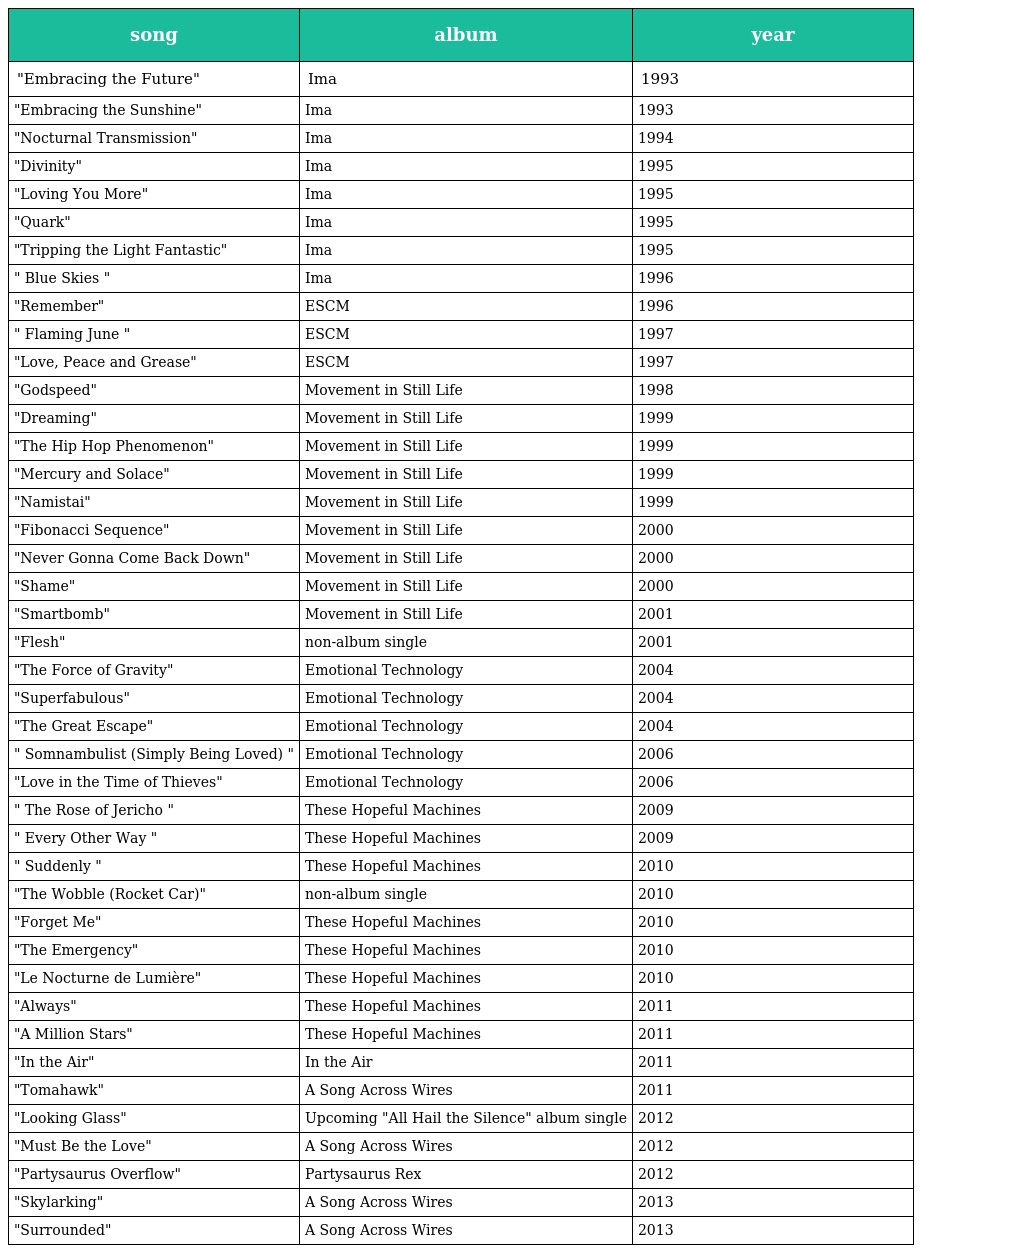
| song | album | year |
 | --- | --- | --- |
 | "Embracing the Future" | Ima | 1993 |
 | "Embracing the Sunshine" | Ima | 1993 |
 | "Nocturnal Transmission" | Ima | 1994 |
 | "Divinity" | Ima | 1995 |
 | "Loving You More" | Ima | 1995 |
 | "Quark" | Ima | 1995 |
 | "Tripping the Light Fantastic" | Ima | 1995 |
 | " Blue Skies " | Ima | 1996 |
 | "Remember" | ESCM | 1996 |
 | " Flaming June " | ESCM | 1997 |
 | "Love, Peace and Grease" | ESCM | 1997 |
 | "Godspeed" | Movement in Still Life | 1998 |
 | "Dreaming" | Movement in Still Life | 1999 |
 | "The Hip Hop Phenomenon" | Movement in Still Life | 1999 |
 | "Mercury and Solace" | Movement in Still Life | 1999 |
 | "Namistai" | Movement in Still Life | 1999 |
 | "Fibonacci Sequence" | Movement in Still Life | 2000 |
 | "Never Gonna Come Back Down" | Movement in Still Life | 2000 |
 | "Shame" | Movement in Still Life | 2000 |
 | "Smartbomb" | Movement in Still Life | 2001 |
 | "Flesh" | non-album single | 2001 |
 | "The Force of Gravity" | Emotional Technology | 2004 |
 | "Superfabulous" | Emotional Technology | 2004 |
 | "The Great Escape" | Emotional Technology | 2004 |
 | " Somnambulist (Simply Being Loved) " | Emotional Technology | 2006 |
 | "Love in the Time of Thieves" | Emotional Technology | 2006 |
 | " The Rose of Jericho " | These Hopeful Machines | 2009 |
 | " Every Other Way " | These Hopeful Machines | 2009 |
 | " Suddenly " | These Hopeful Machines | 2010 |
 | "The Wobble (Rocket Car)" | non-album single | 2010 |
 | "Forget Me" | These Hopeful Machines | 2010 |
 | "The Emergency" | These Hopeful Machines | 2010 |
 | "Le Nocturne de Lumière" | These Hopeful Machines | 2010 |
 | "Always" | These Hopeful Machines | 2011 |
 | "A Million Stars" | These Hopeful Machines | 2011 |
 | "In the Air" | In the Air | 2011 |
 | "Tomahawk" | A Song Across Wires | 2011 |
 | "Looking Glass" | Upcoming "All Hail the Silence" album single | 2012 |
 | "Must Be the Love" | A Song Across Wires | 2012 |
 | "Partysaurus Overflow" | Partysaurus Rex | 2012 |
 | "Skylarking" | A Song Across Wires | 2013 |
 | "Surrounded" | A Song Across Wires | 2013 |